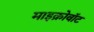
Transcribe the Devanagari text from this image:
माइक्रोवॉट